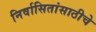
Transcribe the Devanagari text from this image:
निर्वासितांसाठीचे